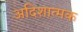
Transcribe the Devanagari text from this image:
अदिशात्मक